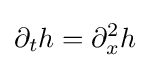
\partial _{t}h=\partial _{x}^{2}h